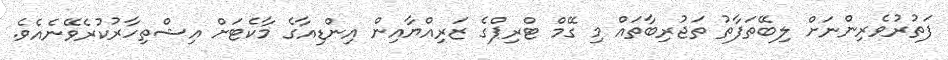
ފަތުރުވެރިންނަށް ލިބޭތަފާތު ތަޖުރިބާތައް މި ގޭމް ޓްރިޕްގެ ޒަރިއްޔާއިން އިންޑިއާގެ މާކެޓަށް އިޝްތިހާރުކުރެވޭނެއެވެ.